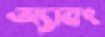
অ্যাবং